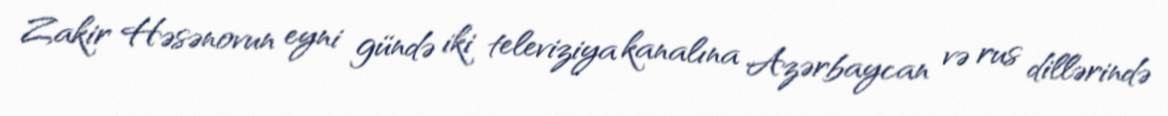
Zakir Həsənovun eyni gündə iki televiziya kanalına Azərbaycan və rus dillərində